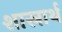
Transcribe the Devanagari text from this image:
शास्रार्थ